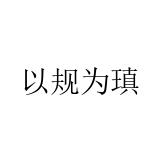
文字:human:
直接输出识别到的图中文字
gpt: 以规为瑱